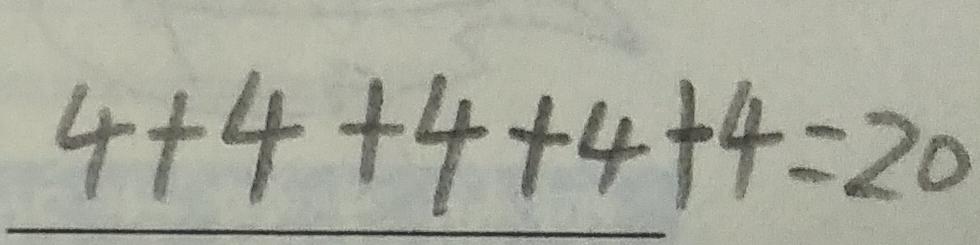
4 + 4 + 4 + 4 + 4 = 2 0